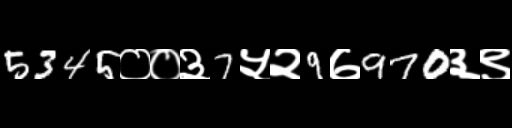
Text: 5345००३7५२9७970३९